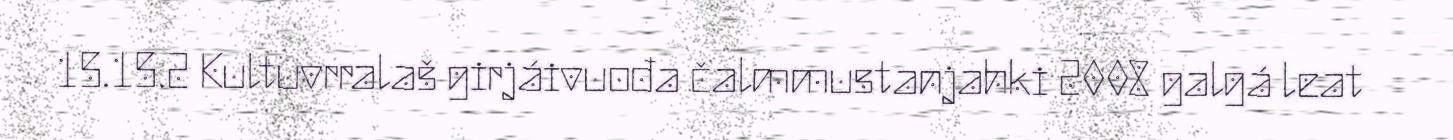
15.15.2 Kultuvrralaš girjáivuođa čalmmustanjahki 2008 galgá leat